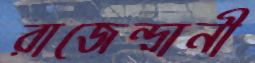
রাজেন্দ্রানী